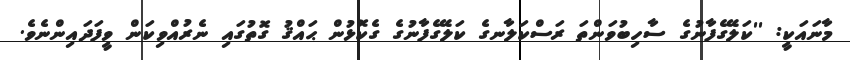
މާނައަކީ: ''ކަލޭގެފާނުގެ ސާހިބުވަންތަ ރަސްކަލާނގެ ކަލޭގެފާނުގެ ގެކޮޅުން ޙައްޤު ގޮތުގައި ނެރުއްވިކަން ވީފަދައިންނެވެ.